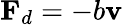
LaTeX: \mathbf{F}_{d}=-b\mathbf{v}